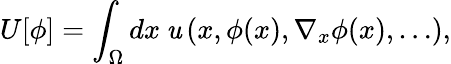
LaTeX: U[\phi]=\int_{\Omega}dx\: \mathit{u}\left(x,\phi(x),\nabla_{x}\phi(x),\dots\right),